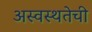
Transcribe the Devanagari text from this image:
अस्वस्थतेची